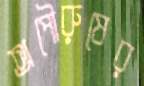
অপৌরুষের